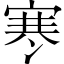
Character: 寒